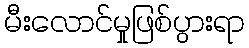
မီးလောင်မှုဖြစ်ပွားရာ